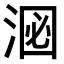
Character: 𪶑